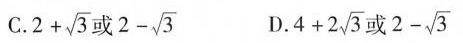
C.$$2 + \sqrt { 3 } 或 2 + \sqrt { 3 } D.$$4 + 2 \sqrt { 3 } 或 2 - \sqrt { 3 }